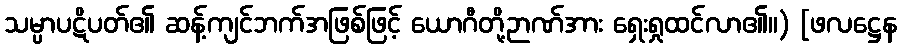
သမ္ပာပဋိပတ်၏ ဆန့်ကျင်ဘက်အဖြစ်ဖြင့် ယောဂီတို့ဉာဏ်အား ရှေးရှုထင်လာ၏။) [ဖလဋ္ဌေန